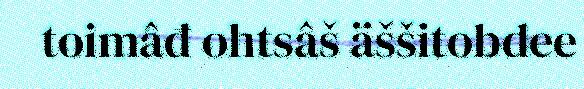
toimâđ ohtsâš äššitobdee